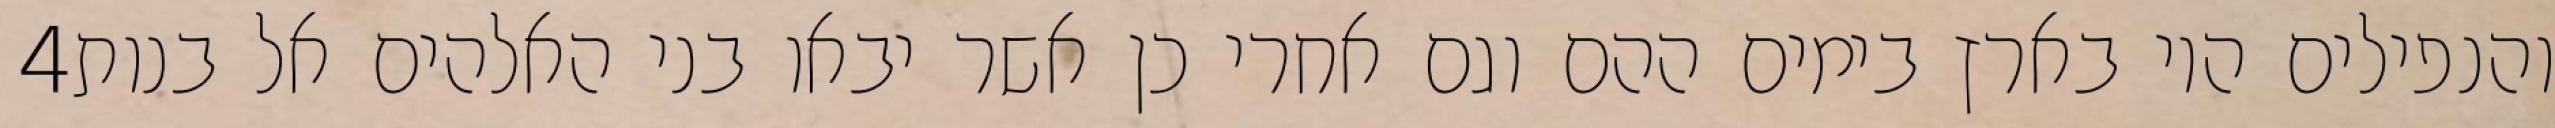
‎4‏ והנפילים היו בארץ בימים ההם וגם אחרי כן אשר יבאו בני האלהים אל בנות